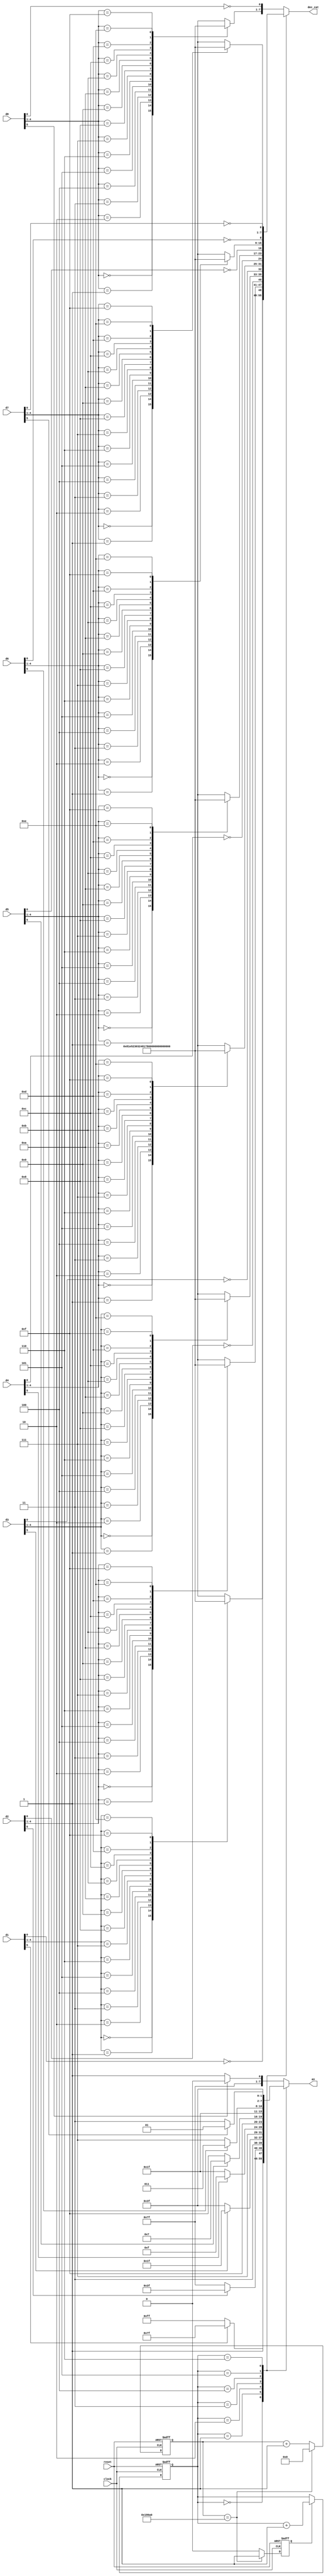
module display(
    input clock,
    input reset,
    input [5:0] d1,
    input [5:0] d2,
    input [5:0] d3,
    input [5:0] d4,
    input [5:0] d5,
    input [5:0] d6,
    input [5:0] d7,
    input [5:0] d8,
    output [7:0] dec_cat,
    output [7:0] an
    );    
    
    // Select display to be shown
    reg [2:0] selected;
    always @(posedge clock, posedge reset) begin
        if(reset) begin
            selected <= 3'd0;
        end
        else begin
            if(timer1ms) begin
                selected <= selected + 3'd1;
            end
        end
    end

    reg [7:0] cathode;
    always @* begin
        case(selected)
            3'b000:  cathode = {segments[d1[4:1]], ~d1[0]};
            3'b001:  cathode = {segments[d2[4:1]], ~d2[0]};
            3'b010:  cathode = {segments[d3[4:1]], ~d3[0]};
            3'b011:  cathode = {segments[d4[4:1]], ~d4[0]};
            3'b100:  cathode = {segments[d5[4:1]], ~d5[0]};
            3'b101:  cathode = {segments[d6[4:1]], ~d6[0]};
            3'b110:  cathode = {segments[d7[4:1]], ~d7[0]};
            default: cathode = {segments[d8[4:1]], ~d8[0]}; //3'b111: 
        endcase
    end

    reg [7:0] anode;
    always @* begin
        case(selected)
            3'b000:  anode = (d1[5] == 1'b1) ? 8'b0111_1111 : 8'b1111_1111; 
            3'b001:  anode = (d2[5] == 1'b1) ? 8'b1011_1111 : 8'b1111_1111;
            3'b010:  anode = (d3[5] == 1'b1) ? 8'b1101_1111 : 8'b1111_1111;
            3'b011:  anode = (d4[5] == 1'b1) ? 8'b1110_1111 : 8'b1111_1111;
            3'b100:  anode = (d5[5] == 1'b1) ? 8'b1111_0111 : 8'b1111_1111;
            3'b101:  anode = (d6[5] == 1'b1) ? 8'b1111_1011 : 8'b1111_1111;
            3'b110:  anode = (d7[5] == 1'b1) ? 8'b1111_1101 : 8'b1111_1111;
            default: anode = (d8[5] == 1'b1) ? 8'b1111_1110 : 8'b1111_1111; //3'b111: 
        endcase
    end

    // possiveis valores a serem desenhados nos displays
    wire [6:0] segments [15:0];
    assign segments[0] = 7'b1000000;
    assign segments[1] = 7'b1111001;
    assign segments[2] = 7'b0100100;
    assign segments[3] = 7'b0110000;
    assign segments[4] = 7'b0011001;
    assign segments[5] = 7'b0010010;
    assign segments[6] = 7'b0000010;
    assign segments[7] = 7'b1111000;
    assign segments[8] = 7'b0000000;
    assign segments[9] = 7'b0010000;
    assign segments[10] = 7'b0001000;
    assign segments[11] = 7'b0000011;
    assign segments[12] = 7'b1000110;
    assign segments[13] = 7'b0100001;
    assign segments[14] = 7'b0000110;
    assign segments[15] = 7'b0001110;

    // Time routine
    reg timer1ms;
    reg [16:0] counter;
    
    always @(posedge clock, posedge reset) begin
        if(reset) begin
            timer1ms <=  1'b0;
            counter  <= 17'd0;
        end
        else begin
            if(counter == 17'd100_000) begin
                timer1ms <= 1'b1;
                counter <= 17'd0;
            end
            else begin
                timer1ms <= 1'b0;
                counter <= counter + 17'd1;
            end
        end
    end

    assign an = anode;
    assign dec_cat = cathode;
    
endmodule